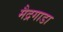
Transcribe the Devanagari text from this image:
मैद्रगाडा